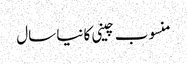
منسوب چینی کا نیا سال